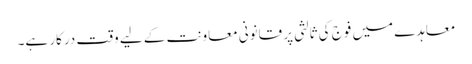
معاہدے میں فوج کی ثالثی پر قانونی معاونت کے لیے وقت درکار ہے۔